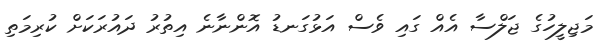
މަޖިލީހުގެ ޖަލްސާ އެއް ގައި ވެސް އަޅުގަނޑު އޮންނާނެ އިތުރު ދައުރަކަށް ކުރިމަތި